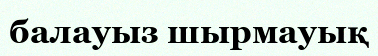
балауыз шырмауық